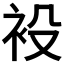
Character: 𧘣